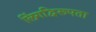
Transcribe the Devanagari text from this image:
लिंगद्विरूपता